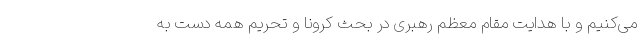
می‌کنیم و با هدایت مقام معظم رهبری در بحث کرونا و تحریم همه دست به